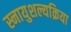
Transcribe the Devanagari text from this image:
स्नायुशल्यक्रिया